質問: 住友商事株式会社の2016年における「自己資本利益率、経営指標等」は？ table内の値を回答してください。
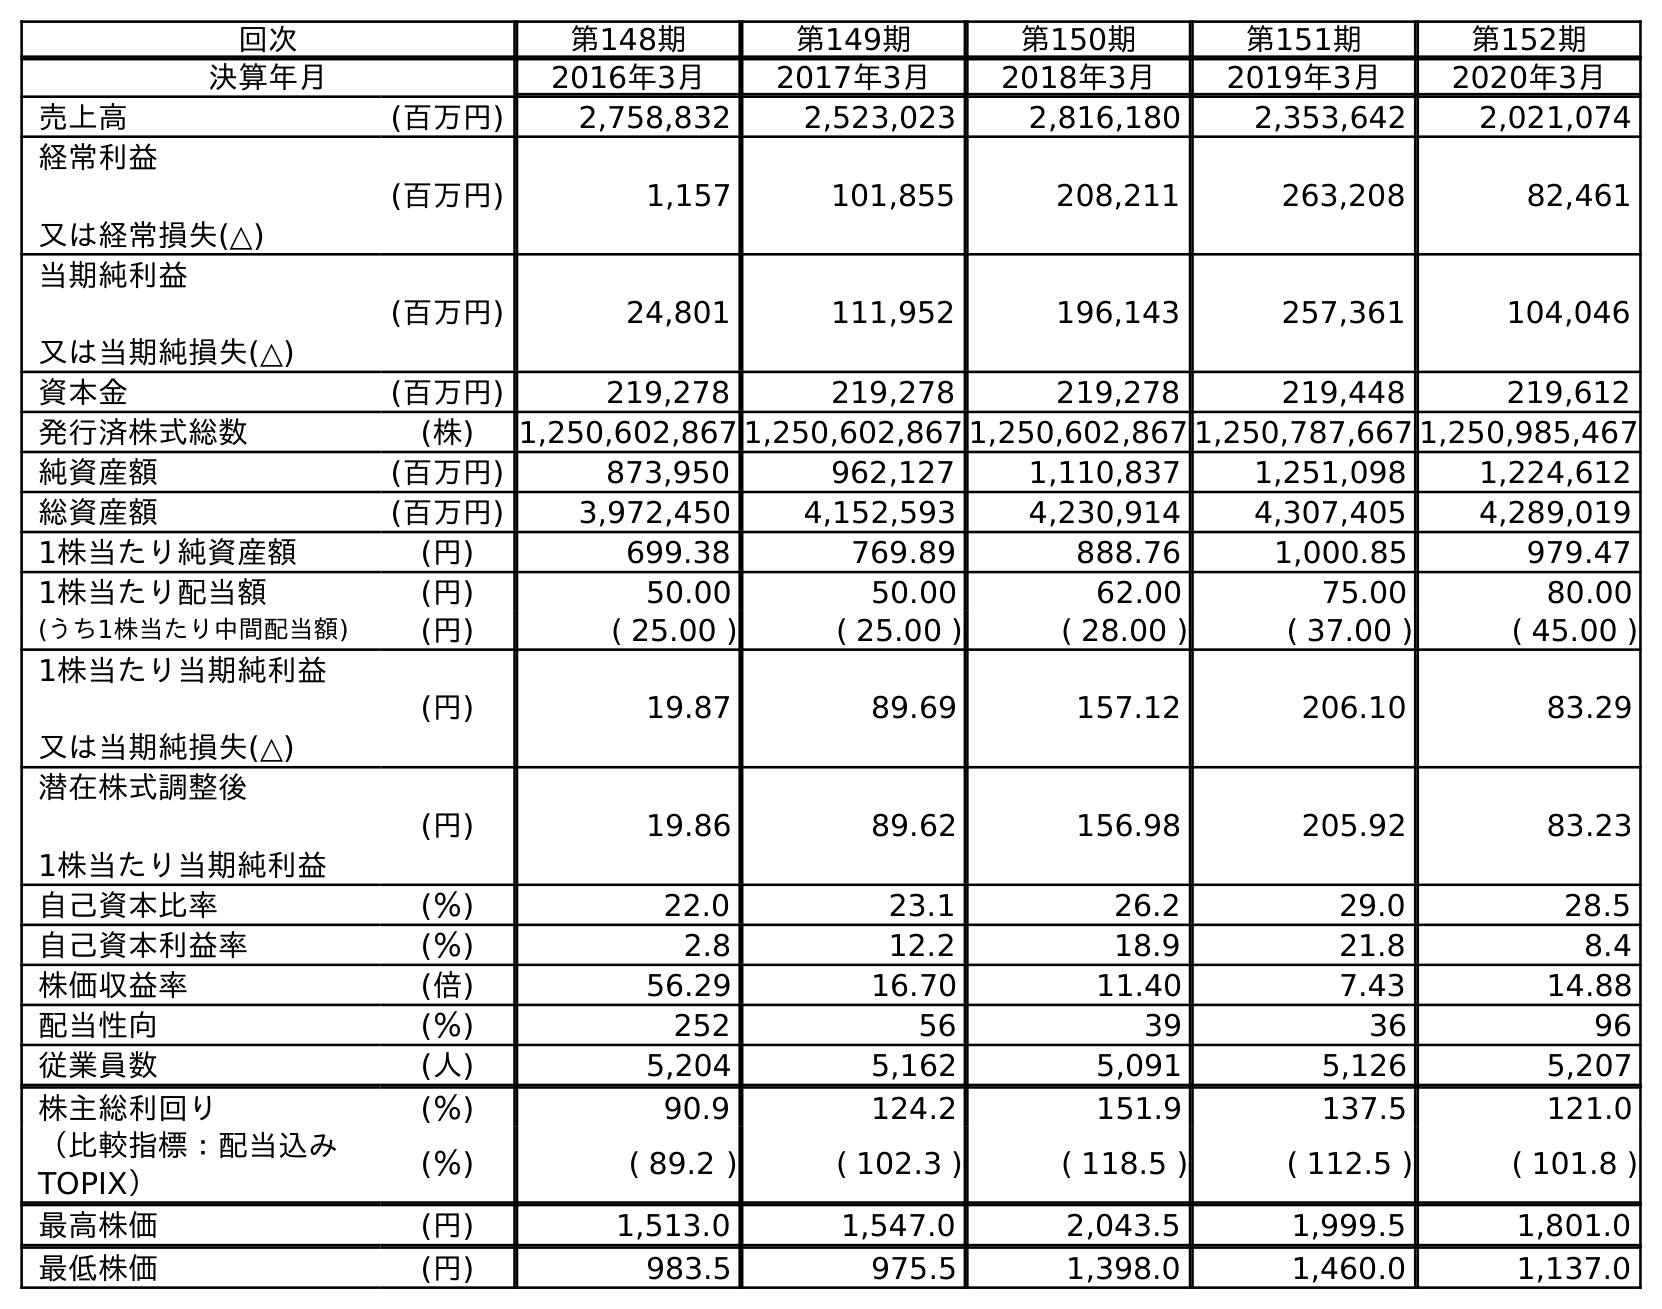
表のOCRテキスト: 回次 第148期 第149期 第150期 第151期 第152期 決算年月 2016年3月 2017年3月 2018年3月 2019年3月 2020年3月 売上高 (百万円) 2,758,832 2,523,023 2,816,180 2,353,642 2,021,074 経常利益 又は経常損失(△) (百万円) 1,157 101,855 208,211 263,208 82,461 当期純利益 又は当期純損失(△) (百万円) 24,801 111,952 196,143 257,361 104,046 資本金 (百万円) 219,278 219,278 219,278 219,448 219,612 発行済株式総数 (株) 1,250,602,867 1,250,602,867 1,250,602,867 1,250,787,667 1,250,985,467 純資産額 (百万円) 873,950 962,127 1,110,837 1,251,098 1,224,612 総資産額 (百万円) 3,972,450 4,152,593 4,230,914 4,307,405 4,289,019 1株当たり純資産額 (円) 699.38 769.89 888.76 1,000.85 979.47 1株当たり配当額 (円) 50.00 50.00 62.00 75.00 80.00 (うち1株当たり中間配当額) (円) ( 25.00 ) ( 25.00 ) ( 28.00 ) ( 37.00 ) ( 45.00 ) 1株当たり当期純利益 又は当期純損失(△) (円) 19.87 89.69 157.12 206.10 83.29 潜在株式調整後 1株当たり当期純利益 (円) 19.86 89.62 156.98 205.92 83.23 自己資本比率 (％) 22.0 23.1 26.2 29.0 28.5 自己資本利益率 (％) 2.8 12.2 18.9 21.8 8.4 株価収益率 (倍) 56.29 16.70 11.40 7.43 14.88 配当性向 (％) 252 56 39 36 96 従業員数 (人) 5,204 5,162 5,091 5,126 5,207 株主総利回り (％) 90.9 124.2 151.9 137.5 121.0 （比較指標：配当込み TOPIX） (％) ( 89.2 ) ( 102.3 ) ( 118.5 ) ( 112.5 ) ( 101.8 ) 最高株価 (円) 1,513.0 1,547.0 2,043.5 1,999.5 1,801.0 最低株価 (円) 983.5 975.5 1,398.0 1,460.0 1,137.0
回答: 2.8